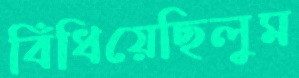
বিঁধিয়েছিলুম